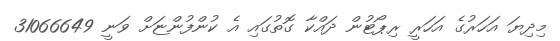
މިދިޔަ އަހަރުގެ އަހަރީ ރިޕޯޓުން ދައްކާ ގޮތުގައި އެ ކުންފުންޏަށް ވަނީ 31066649